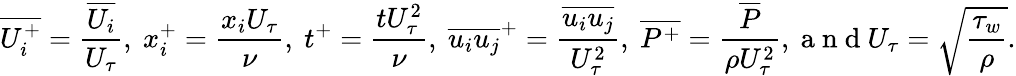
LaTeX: \overline{{{U_{i}^{+}}}}=\frac{\overline{{U_{i}}}}{U_{\tau}},~{x_{i}^{+}}=\frac{x_{i}U_{\tau}}{\nu},~t^{+}={\frac{tU_{\tau}^{2}}{\nu}},~\overline{{u_{i}u_{j}}}^{+}=\frac{\overline{{u_{i}u_{j}}}}{U_{\tau}^{2}},~\overline{{{P^{+}}}}=\frac{\overline{{P}}}{\rho U_{\tau}^{2}},\mathrm{~a~n~d~}U_{\tau}=\sqrt{\frac{\tau_{w}}{\rho}}.